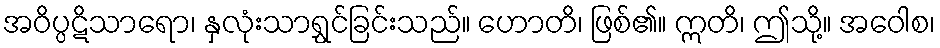
အဝိပ္ပဋိသာရော၊ နှလုံးသာရွှင်ခြင်းသည်။ ဟောတိ၊ ဖြစ်၏။ ဣတိ၊ ဤသို့။ အဝေါစ၊